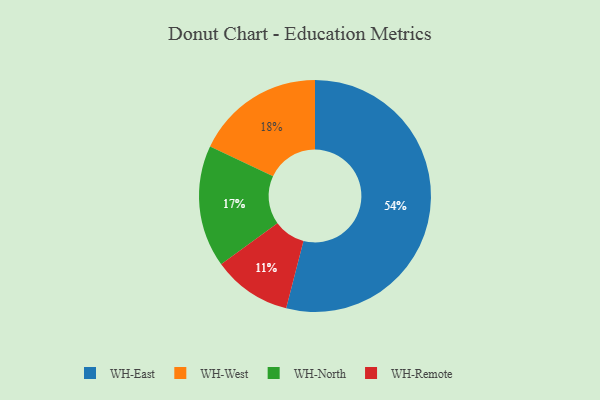
{"axis": {"x": "Category", "y": "Percentage"}, "legend": ["WH-East", "WH-North", "WH-Remote", "WH-West"], "data": [{"x": "WH-West", "y": 18, "type": "WH-West"}, {"x": "WH-Remote", "y": 11, "type": "WH-Remote"}, {"x": "WH-North", "y": 17, "type": "WH-North"}, {"x": "WH-East", "y": 54, "type": "WH-East"}]}